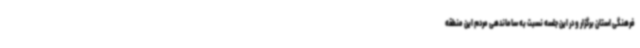
فرهنگی استان برگزار و در این جلسه نسبت به ساماندهی مردم این منطقه